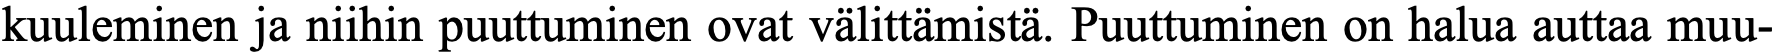
kuuleminen ja niihin puuttuminen ovat välittämistä. Puuttuminen on halua auttaa muu-